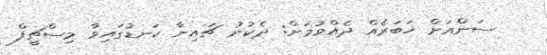
ސަންއަށް ޚަބަރެއް ދެއްވުމަށް: ދެކުނު ޗައިނާ ކަނޑުގައިވާ މިސްޗީފް